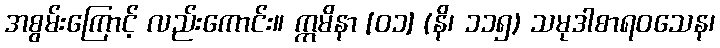
အစွမ်းကြောင့် လည်းကောင်း။ ဣမိနာ [၀၁] (နိ၊ ၁၁၅) သမုဒါစာရဝသေန၊